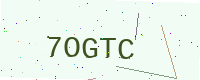
Text: 7OGTC